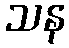
သန